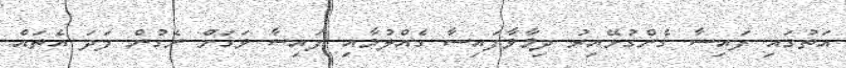
އަތުގައި ފައިސާ ގެންގުޅޭއިރު ދިމާވާފައިސާ ގެއްލުމާއި ފައިސާ ވަގަށް ނެގުން ފަދަ އެތައް